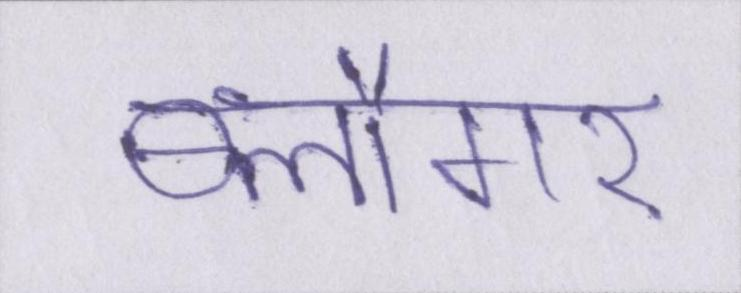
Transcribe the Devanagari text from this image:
ब्लौगर